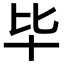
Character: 毕